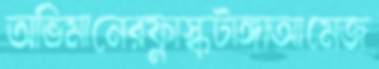
অভিমানেরফ্লাস্কটাঙ্গাআমেজ